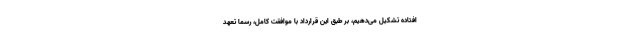
افتاده تشکیل می‌دهیم، بر طبق این قرارداد با موافقت کامل، رسماً تعهد